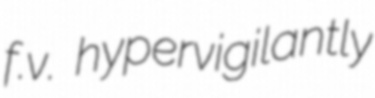
f.v. hypervigilantly